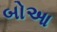
બોઆ